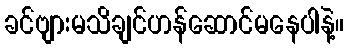
ခင်ဗျားမသိချင်ဟန်ဆောင်မနေပါနဲ့။